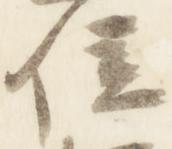
位